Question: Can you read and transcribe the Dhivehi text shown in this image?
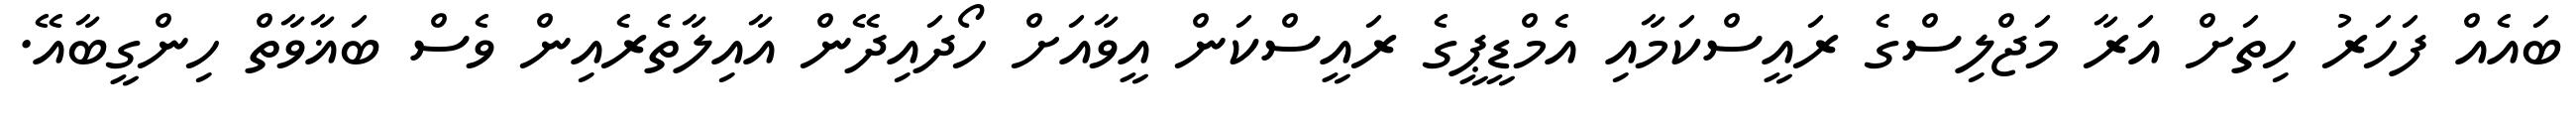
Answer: ބައެއް ފަހަރު ހިތަށް އަރާ މަޖްލިސްގެ ރައީސްކަމާއި އެމްޑީޕީގެ ރައީސްކަން އީވާއަށް ހޯދައިދޭން އާއިލާތެރެއިން ވެސް ބަޣާވާތް ހިންގީބާއޭ.